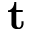
\mathbf { t }